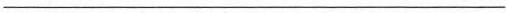
___